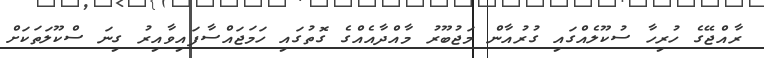
ރާއްޖޭގެ ހުރިހާ ސުކޫލެއްގައި ގުރުއާން މަޖުބޫރު މާއްދާއެއްގެ ގޮތުގައި ހަމަޖައްސާފައިވާއިރު ގިނަ ސްކޫލަތަކަށް